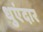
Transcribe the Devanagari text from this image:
धुएंदार